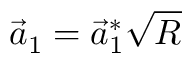
\vec { a } _ { 1 } = \vec { a } _ { 1 } ^ { * } \sqrt { R }